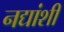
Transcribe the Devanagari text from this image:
नद्यांशी